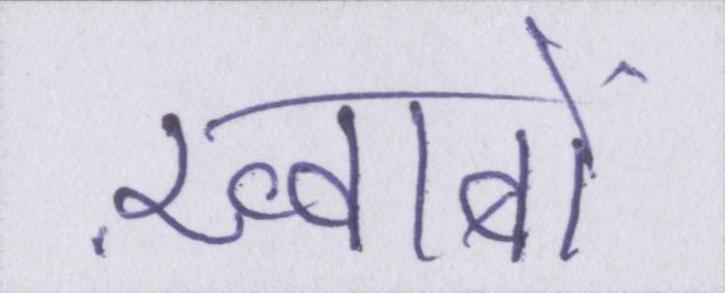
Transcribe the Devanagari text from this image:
ख़्वाबों